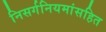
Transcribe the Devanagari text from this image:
निसर्गनियमांसहित